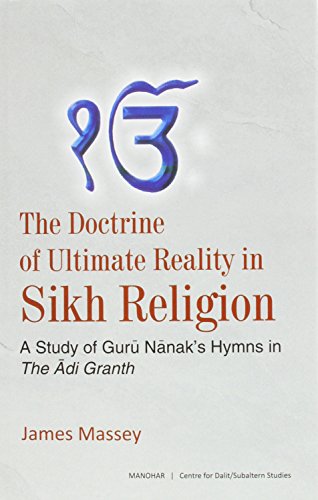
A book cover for The Doctrine of Ultimate Reality in Sikh Religion: A Study of Guru Nanak's Hymns in The Adi Granth; James Massey; Religion & Spirituality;